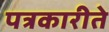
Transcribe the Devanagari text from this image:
पत्रकारीते